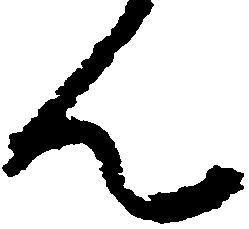
ん